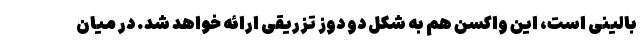
بالینی است، این واکسن هم به شکل دو دوز تزریقی ارائه خواهد شد. در میان